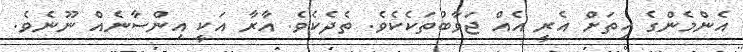
އެންމެންގެ ހިތަށް އެރީ އެއް ޖަވާބުތަކެކެވެ. ތެދެކެވެ. އާރާ އަކީ އިންސާނެއް ނޫނެވެ.